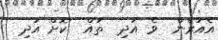
އެއުރެން  ވެ އަދި  ތައް  ކޮށް އަދި